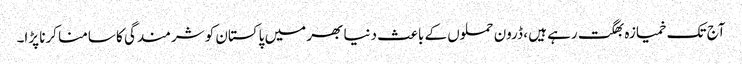
آج تک خمیازہ بھگت رہے ہیں ، ڈرون حملوں کے باعث دنیا بھر میں پاکستان کو شرمندگی کا سامنا کرنا پڑا۔